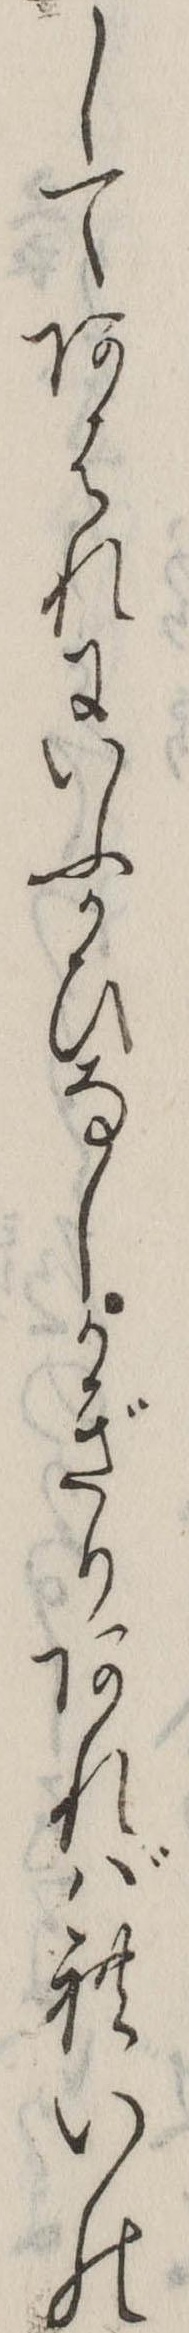
してあはれにいふかひなしかぎりあればれいの